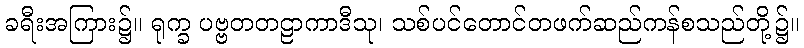
ခရီးအကြား၌။ ရုက္ခ ပဗ္ဗတတဠာကာဒီသု၊ သစ်ပင်တောင်တဖက်ဆည်ကန်စသည်တို့၌။